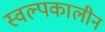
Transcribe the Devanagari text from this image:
स्वल्पकालीन